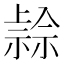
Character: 𥛓